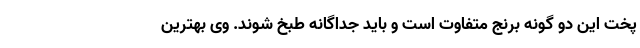
پخت این دو گونه برنج متفاوت است و باید جداگانه طبخ شوند. وی بهترین